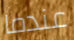
عندما